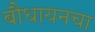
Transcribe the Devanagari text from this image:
बौधायनचा